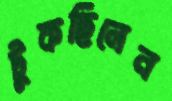
টুকছিলেন